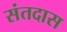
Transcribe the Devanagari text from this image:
संतदास